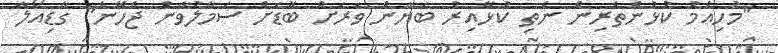
"މުހިއްމު ކުޅުންތެރިން ނެތި ކުޅޭއިރު ބަޔާން ވަރަށް ބޮޑަށް ސަމާލުވާން ޖެހޭނެ" ގާޑިއޯލާ